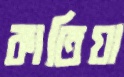
কাতিয়া